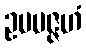
ဥပပဇ္ဇဟံ